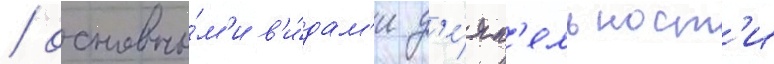
/ основны́м'и в'и́дам'и д'е́ят'ельност'и